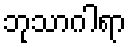
ဘုသာဂါရာ